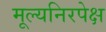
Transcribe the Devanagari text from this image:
मूल्यनिरपेक्ष